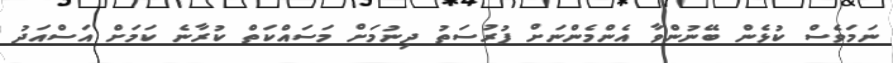
ނަމަވެސް ކުޅެން ބޭނުންވާ އެންމެންނަށް ފުރުސަތު ދިނުމަށް މަސައްކަތް ކުރާނެ ކަމަށް އަސްއަދު